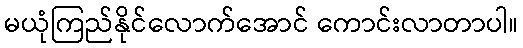
မယုံကြည်နိုင်လောက်အောင် ကောင်းလာတာပါ။